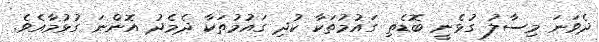
ދެވަނަ މިސާލު ގުޅެނީ ބޮޑެތި ގައުމުތަކާ ކުދި ގައުމުތަކާ ދެމެދު އޮންނަ ގުޅުމާއެވެ.